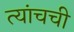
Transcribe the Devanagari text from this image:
त्यांचची